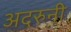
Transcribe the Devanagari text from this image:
अदरुनी